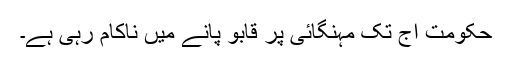
حکومت آج تک مہنگائی پر قابو پانے میں ناکام رہی ہے۔